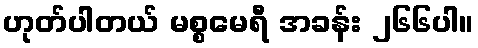
ဟုတ်ပါတယ် မစ္စမေရီ အခန်း ၂၆၆ပါ။